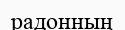
радонның